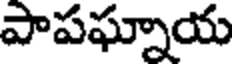
పాపఘ్నాయ